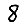
Digit: 8